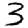
Digit: 3